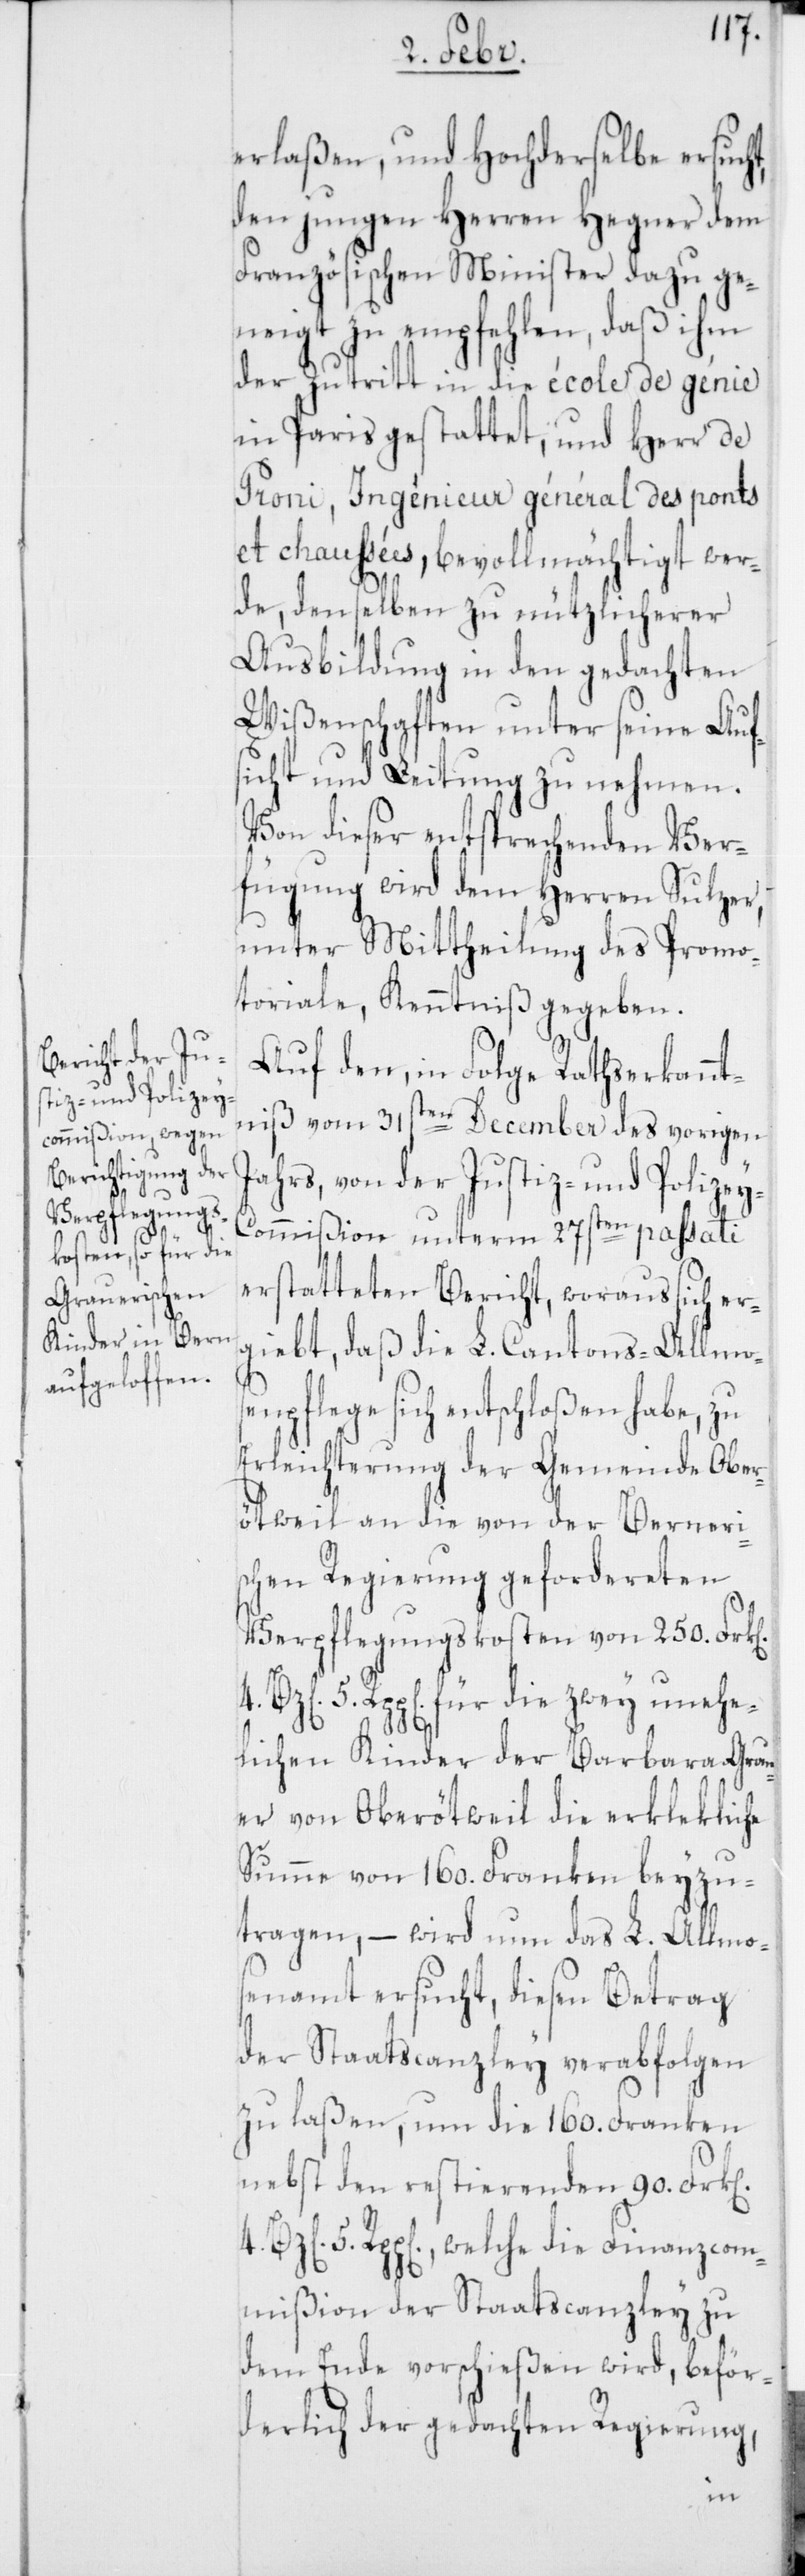
erlaßen, und hochderselbe ersuch¬
den jungen Herren Hegner dem
Französischen Minister dazu ge¬
neigt zu empfehlen, daß ihm
der Zutritt in die école de génie
in Paris gestattet, und Herr de
Proni, Ingénieur général des ponts
et chaußées, bevollmächtigt wer¬
de, denselben zu nützlicherer
Ausbildung in den gedachten
Wißenschaften unter seine Auf¬
sicht und Leitung zu nehmen.
Von dieser entsprechenden Ver¬
fügung wird dem Herren Sulzer,
unter Mittheilung des Promo¬
toriale, Kenntniß gegeben.
Auf den, in Folge Ratserkannt¬
niß vom 31sten December des vorigen
Jahrs, von der Justiz- und Polizey-C¬
ommißion unterm 27sten passati
erstatteten Bericht, woraus sich er¬
giebt, daß die L. Cantons-Allmos¬
enpflege sich entschloßen habe, zu
Erleichterung der Gemeinde Ober¬
ötweil an die von der Berneri¬
schen Regierung gefordereten
Verpflegungskosten von 250. Frk[e¬
5. Rpp[en]. für die zwey unehe¬
lichen Kinder der Barbara Grau¬
er von Oberötweil die erklekliche
Summe von 160. Franken beyzu¬
tragen, – wird nun das L. Allmos¬
enamt ersucht, diesen Betrag
der Staatscanzley verabfolgen
zu laßen, um die 160. Franken
nebst den restierenden 90 Frk[e¬
5. Rpp[en]., welche die Finanzcom¬
mißion der Staatscanzley zu
dem Ende vorschießen wird, beför¬
derlich der gedachten Regierung,
n].